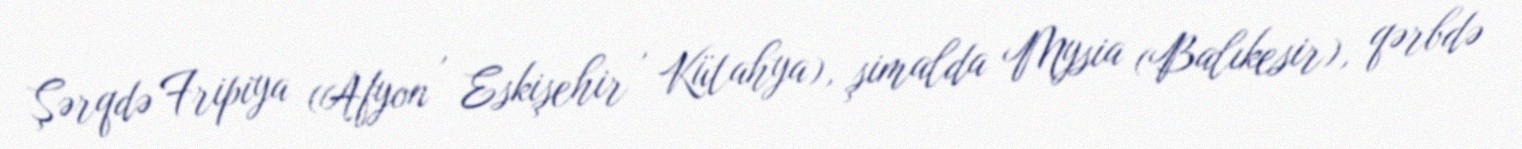
Şərqdə Fripiya (Afyon , Eskişehir , Kütahya), şimalda Mysia (Balıkesir), qərbdə